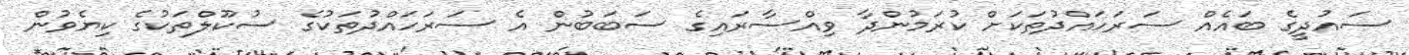
ސައުދީގެ ބައެއް ސަރަހައްދުތަކަށް ކުރަމުންދާ ވިއްސާރައިގެ ސަބަބުން އެ ސަރަހައްދުތަކުގެ ސުކޫލްތަކުގެ ކިޔެވުން